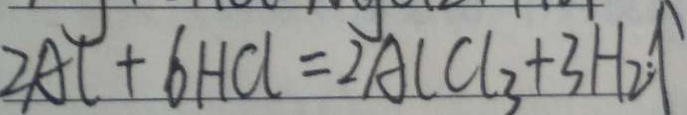
2 A C + 6 H C l = 2 A C C l _ { 3 } + 3 H _ { 2 } ; \uparrow